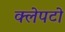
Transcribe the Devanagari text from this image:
क्लेपटो